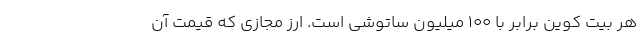
هر بیت کوین برابر با 100 میلیون ساتوشی است. ارز مجازی که قیمت آن